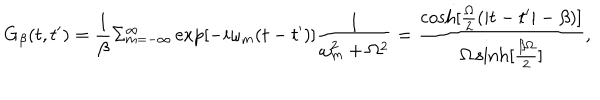
G _ { \beta } ( t , t ^ { \prime } ) = \frac { 1 } { \beta } \Sigma _ { m = - \infty } ^ { \infty } \exp [ - i \omega _ { m } ( t - t ^ { \prime } ) ] \frac { 1 } { \omega _ { m } ^ { 2 } + \Omega ^ { 2 } } = \frac { \cosh [ \frac { \Omega } { 2 } ( | t - t ^ { \prime } | - \beta ) ] } { \Omega \sinh [ \frac { \beta \Omega } { 2 } ] } ,